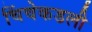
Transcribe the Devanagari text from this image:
चिंचेकडली